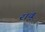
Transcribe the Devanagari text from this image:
रावू